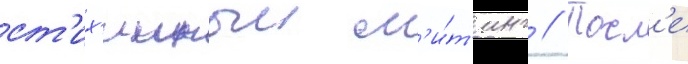
ст'их'ииныи м'и́т'инг // Посл'е